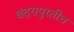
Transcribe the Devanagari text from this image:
बंदरापुरतीच